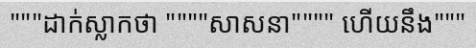
"""ដាក់ស្លាកថា """"សាសនា"""" ហើយនឹង"""